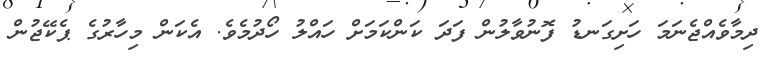
ދިމާވެއްޖެނަމަ ހަށިގަނޑު ފޮނުވާލުން ފަދަ ކަންކަމަށް ހައްލު ހޯދުމެވެ. އެކަން މިހާރުގެ ޕެކޭޖުން